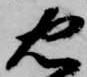
忠